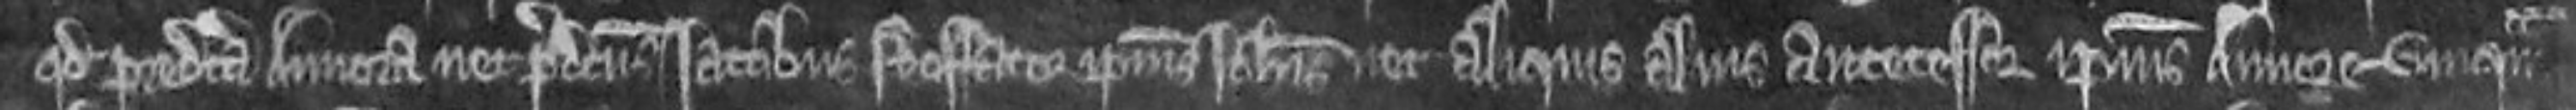
quod predicta Annora nec predictus Jacobus feoffator ipsius Johannis nec aliquis alius antecessor ipsius Annore umquam